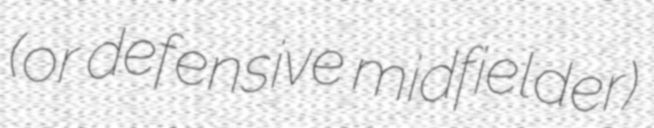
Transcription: (or defensive midfielder)